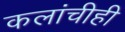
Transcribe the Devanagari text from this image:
कलांचीही